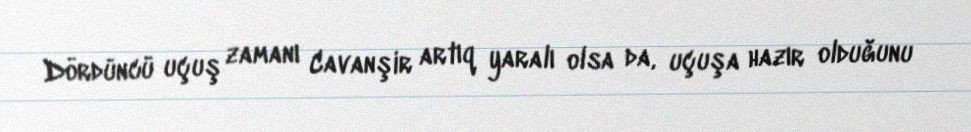
Dördüncü uçuş zamanı Cavanşir artıq yaralı olsa da, uçuşa hazır olduğunu